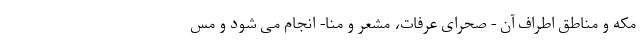
مکه و مناطق اطراف آن - صحرای عرفات، مشعر و منا- انجام می شود و مس